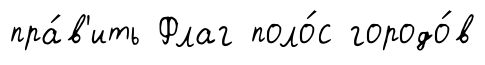
пра́в'ить Флаг поло́с городо́в